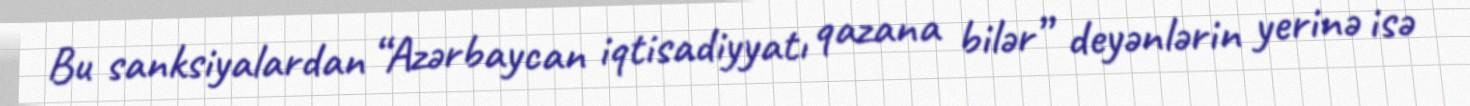
Bu sanksiyalardan “Azərbaycan iqtisadiyyatı qazana bilər” deyənlərin yerinə isə